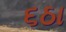
૬ઠા